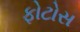
ફોટોસ